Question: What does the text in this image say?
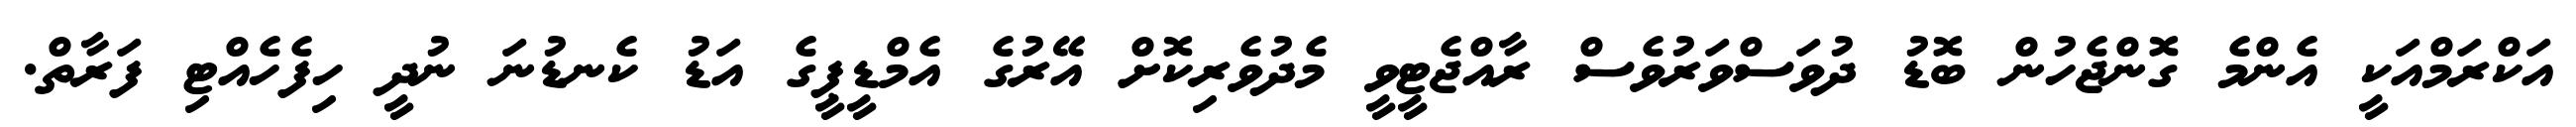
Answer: އަކްރަމްއަކީ އެންމެ ގޮންޖެހުން ބޮޑު ދުވަސްވަރުވެސް ރާއްޖެޓީވީ މެދުވެރިކޮށް އޭރުގެ އެމްޑީޕީގެ އަޑު ކެނޑުނަ ނުދީ ހިފެހެއްޓި ފަރާތް.